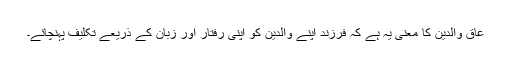
عاق والدین کا معنی یہ ہے کہ فرزند اپنے والدین کو اپنی رفتار اور زبان کے ذریعے تکلیف پہنچائے۔